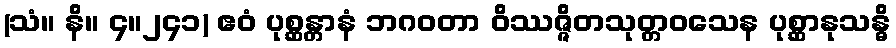
(သံ။ နိ။ ၄။၂၄၁) ဧဝံ ပုစ္ဆန္တာနံ ဘဂဝတာ ဝိဿဇ္ဇိတသုတ္တဝသေန ပုစ္ဆာနုသန္ဓိ